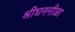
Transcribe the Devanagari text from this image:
श्रीघननीळा